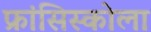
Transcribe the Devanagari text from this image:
फ्रांसिस्कोला